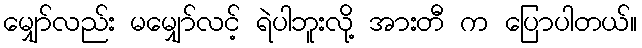
မျှော်လည်း မမျှော်လင့် ရဲပါဘူးလို့ အားတီ က ပြောပါတယ်။